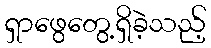
ရှာဖွေတွေ့ရှိခဲ့သည့်